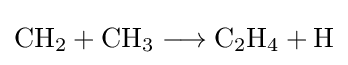
{\mathrm {CH} {\vphantom {A}}_{\smash[{t}]{2}}{}+{}\mathrm {CH} {\vphantom {A}}_{\smash[{t}]{3}}{}\mathrel {\longrightarrow } {}\mathrm {C} {\vphantom {A}}_{\smash[{t}]{2}}\mathrm {H} {\vphantom {A}}_{\smash[{t}]{4}}{}+{}\mathrm {H} }